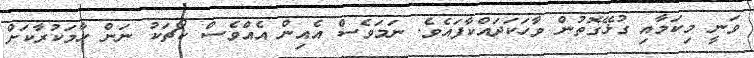
ވަނީ މިކަމާއި ގުޅޭގޮތުން ވާހަކަދައްކާފައެވެ. ނަމަވެސް އެއިން އެއްވެސް ކޯޗަކު ނަން ހާމަކުރާކަށް